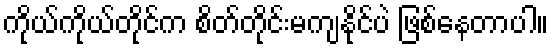
ကိုယ်ကိုယ်တိုင်က စိတ်တိုင်းမကျနိုင်ပဲ ဖြစ်နေတာပါ။